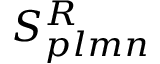
S _ { p l m n } ^ { R }